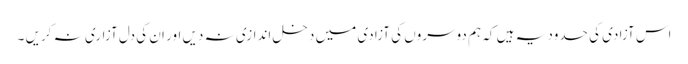
اس آزادی کی حدود یہ ہیں کہ ہم دوسروں کی آزادی میں دخل اندازی نہ دیں اور ان کی دل آزاری نہ کریں ۔